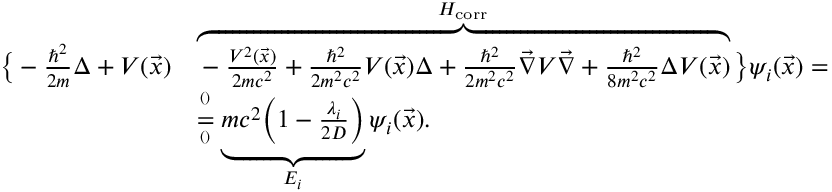
\begin{array} { r l } { \big \{ - \frac { \hbar ^ { 2 } } { 2 m } \Delta + V ( \vec { x } ) } & { \overbrace { - \frac { V ^ { 2 } ( \vec { x } ) } { 2 m c ^ { 2 } } + \frac { \hbar ^ { 2 } } { 2 m ^ { 2 } c ^ { 2 } } V ( \vec { x } ) \Delta + \frac { \hbar ^ { 2 } } { 2 m ^ { 2 } c ^ { 2 } } \vec { \nabla } V \vec { \nabla } + \frac { \hbar ^ { 2 } } { 8 m ^ { 2 } c ^ { 2 } } \Delta V ( \vec { x } ) } ^ { H _ { \mathrm { c o r r } } } \big \} \psi _ { i } ( \vec { x } ) = } \\ & { \overset { ^ { ( ) } } { \underset { ^ { ( ) } } { = } } \underbrace { m c ^ { 2 } \Big ( 1 - \frac { \lambda _ { i } } { 2 D } \Big ) } _ { E _ { i } } \psi _ { i } ( \vec { x } ) . } \end{array}